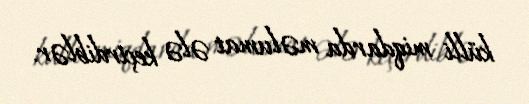
külli miqdarda məlumat ələ keçirdiblər.